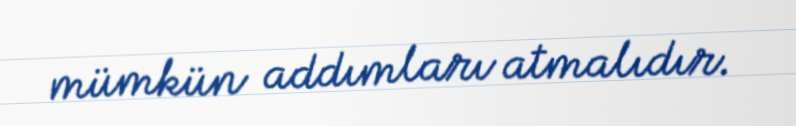
mümkün addımları atmalıdır.